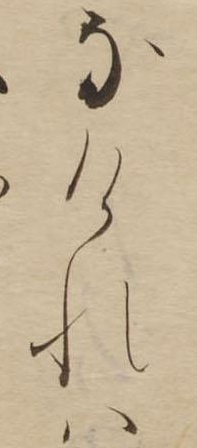
なけれは